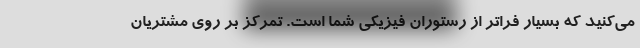
می‌کنید که بسیار فراتر از رستوران فیزیکی شما است. تمرکز بر روی مشتریان